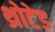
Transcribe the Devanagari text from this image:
थ्रोटेड